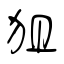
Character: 狙